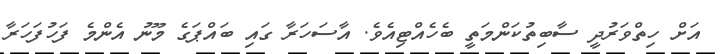
އަށް ހިތްވަރުދީ ސާބިތުކަންމަތީ ބެހެއްޓިއެވެ. އާސަހަރާ ގައި ބައްޕަގެ މޫނު އެންމެ ފަހުފަހަރާ